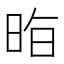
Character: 𭥷